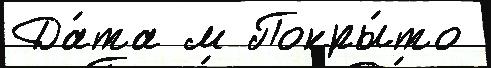
Да́та м Покры́то